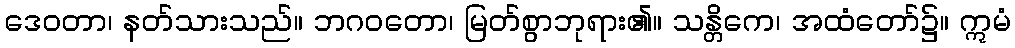
ဒေဝတာ၊ နတ်သားသည်။ ဘဂဝတော၊ မြတ်စွာဘုရား၏။ သန္တိကေ၊ အထံတော်၌။ ဣမံ